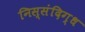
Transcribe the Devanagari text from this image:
निस्संदिग्ध